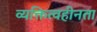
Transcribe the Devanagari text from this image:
व्यक्तित्वहीनता